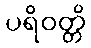
ပရိဝတ္တိ